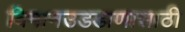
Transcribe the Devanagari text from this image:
विमानउडडाणासाठी